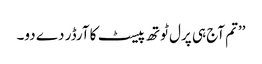
’’تم آج ہی پرل ٹوتھ پیسٹ کا آرڈر دے دو۔